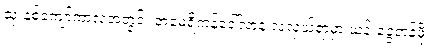
သုံးနှစ်ကျော်ကာလအတွင်း အမေရိကန်ဒေါ်လာနဲ့ လဲလှယ်ရာမှာ ယန်းငွေတန်ဖိုး